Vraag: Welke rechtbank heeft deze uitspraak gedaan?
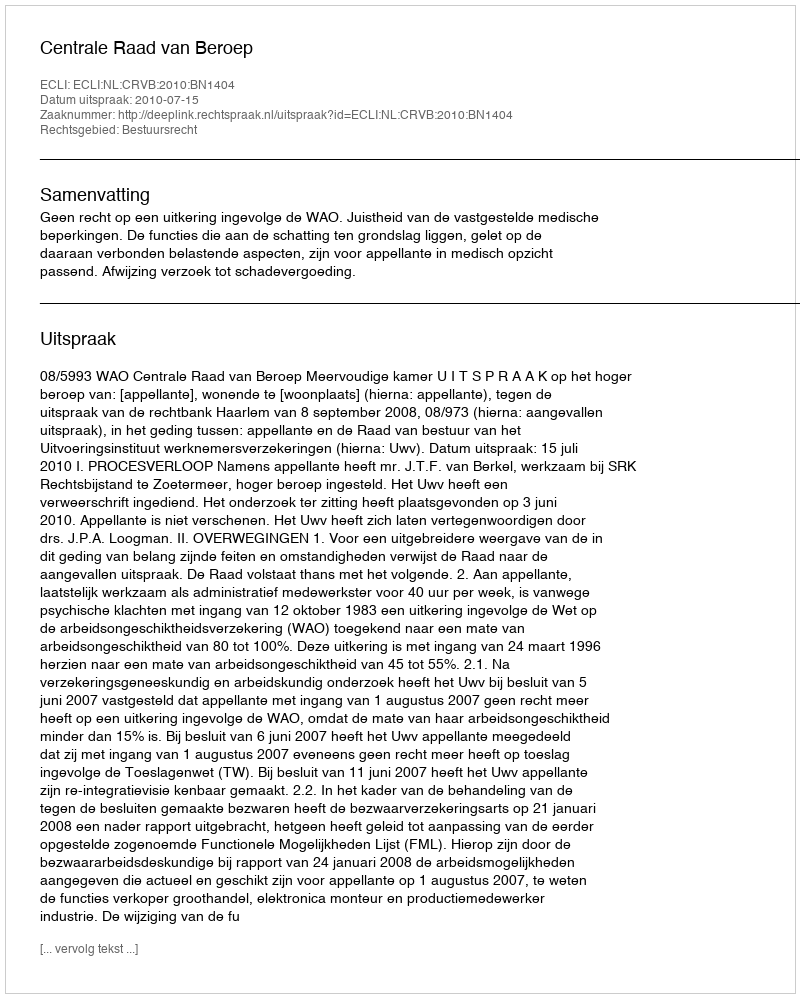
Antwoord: Centrale Raad van Beroep